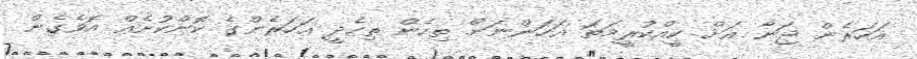
އަހަރެން ޖަނާ އަށް ކީއްކުރީމަތަ އަހަންނަށް ތިހެން ތިހެދީ އަހަރެންގެ ކޮންކުށެއް އޮވެގެން